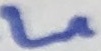
Text: L1